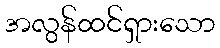
အလွန်ထင်ရှားသော